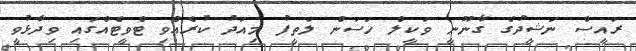
ރައީސް ނަޝީދުގެ ގާނޫނީ ވަކީލް ހަސަަން ލަތީފު މިއަދު ކުރެއްވި ޓްވީޓެއްގައި ވިދާޅުވީ